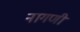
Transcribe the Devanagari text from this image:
नागणी